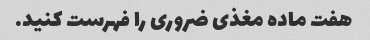
هفت ماده مغذی ضروری را فهرست کنید.